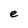
Character: e